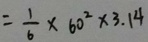
= \frac { 1 } { 6 } \times 6 0 ^ { 2 } \times 3 . 1 4